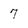
Character: 7